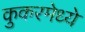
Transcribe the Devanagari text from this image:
कुकरमेध्ये